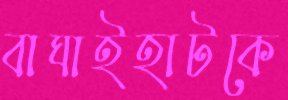
বাঘাইহাটকে